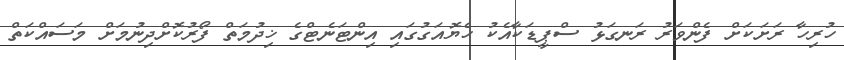
ހުރިހާ ރަށަކަށް ފެންވަރު ރަނގަޅު ސްޕީޑަކާއެކު ހެޔޮއަގުގައި އިންޓަނެޓްގެ ޚިދުމަތް ފޯރުކޮށްދިނުމަށް މަސައްކަތް